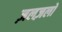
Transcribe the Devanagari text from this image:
ज़लज़लों